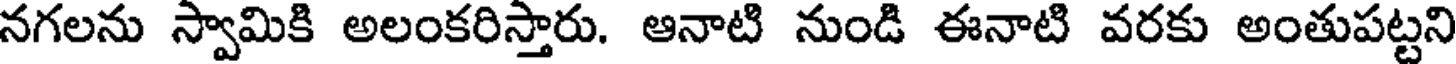
నగలను స్వామికి అలంకరిస్తారు. ఆనాటి నుండి ఈనాటి వరకు అంతుపట్టని